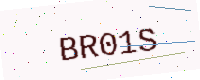
Text: BR01S